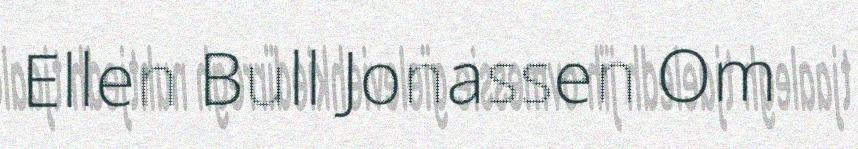
Ellen Bull Jonassen Om